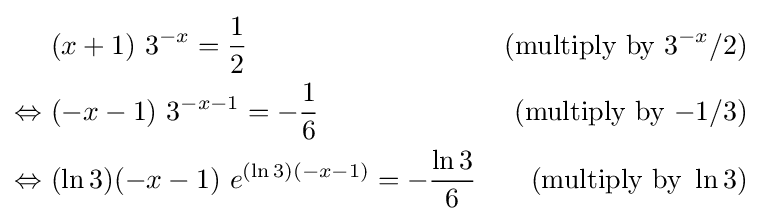
{\begin{aligned}&(x+1)\ 3^{-x}={\frac {1}{2}}&({\mbox{multiply by }}3^{-x}/2)\\\Leftrightarrow \ &(-x-1)\ 3^{-x-1}=-{\frac {1}{6}}&({\mbox{multiply by }}{-}1/3)\\\Leftrightarrow \ &(\ln 3)(-x-1)\ e^{(\ln 3)(-x-1)}=-{\frac {\ln 3}{6}}&({\mbox{multiply by }}\ln 3)\end{aligned}}